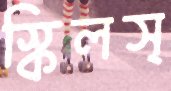
স্কিলস্